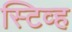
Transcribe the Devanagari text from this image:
स्टिव्ह